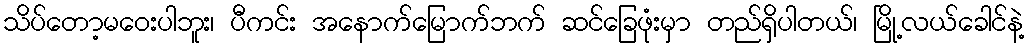
သိပ်တော့မဝေးပါဘူး၊ ပီကင်း အနောက်မြောက်ဘက် ဆင်ခြေဖုံးမှာ တည်ရှိပါတယ်၊ မြို့လယ်ခေါင်နဲ့